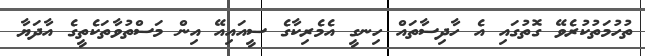
ތުހުމަތުކުރެވޭ ގޮތުގައި އެ ހާދިސާތައް ހިނގީ އެމެރިކާގެ ސީއައިއޭ އިން މަސްތުވާތަކެތީގެ އާދަޔާ